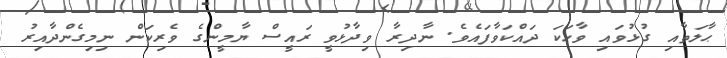
ޙާލަތާއި ގުޅުވައި ވާހަކަ ދައްކަވާފައެވެ. ނާދިރާ ވިދާޅުވީ ރައީސް ޔާމީންގެ ވެރިކަން ނިމިގެންދާއިރު